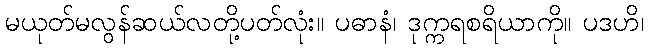
မယုတ်မလွန်ဆယ်လတို့ပတ်လုံး။ ပဓာနံ၊ ဒုက္ကရစရိယာကို။ ပဒဟိ၊